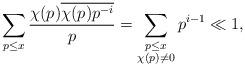
LaTeX: \begin{align*}\sum_{p\leq x}\frac{\chi(p)\overline{\chi(p)p^{-i}}}{p}=\sum_{\substack{p\leq x\\\chi(p)\ne 0}}p^{i-1}\ll 1,\end{align*}